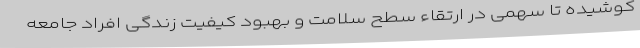
کوشیده تا سهمی در ارتقاء سطح سلامت و بهبود کیفیت زندگی افراد جامعه